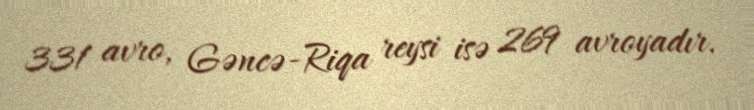
331 avro, Gəncə-Riqa reysi isə 269 avroyadır.